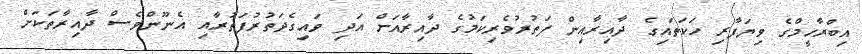
އިބްރާހީމްގެ ވިޔަފާރި ހަކަތައިގެ ދާއިރާއިން ފަތުރުވެރިކަމުގެ ދާއިރާއަށް އަދި ވައިގެދަތުރުފަތުރާއި އެނޫންވެސް ދާއިރާތަކަށް